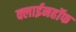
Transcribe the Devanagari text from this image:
क्लाईनहॉफ